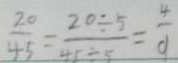
\frac { 2 0 } { 4 5 } = \frac { 2 0 \div 5 } { 4 5 \div 5 } = \frac { 4 } { 9 }